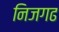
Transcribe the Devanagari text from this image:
निजगढ